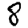
Digit: 8